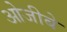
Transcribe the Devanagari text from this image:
ओजीबे